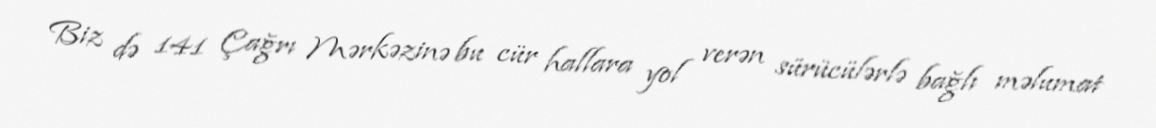
Biz də 141 Çağrı Mərkəzinə bu cür hallara yol verən sürücülərlə bağlı məlumat